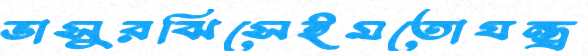
ভাসুরঝিসেইমতোযন্ত্র